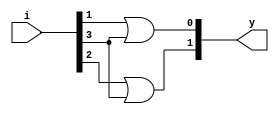
`timescale 1ns / 1ps
//////////////////////////////////////////////////////////////////////////////////
// Company: 
// Engineer: 
// 
// Design Name: 
// Module Name: Encoder
// Project Name: 
// Target Devices: 
// Tool Versions: 
// Description: 
// 
// Dependencies: 
// 
// Revision:
// Revision 0.01 - File Created
// Additional Comments:
// 
//////////////////////////////////////////////////////////////////////////////////


module Encoder(
input [3:0] i,
output [1:0] y
);

//Structural modelling
or o1 (y[0], i[1], i[3]);
or o2 (y[1], i[2], i[3]);
endmodule